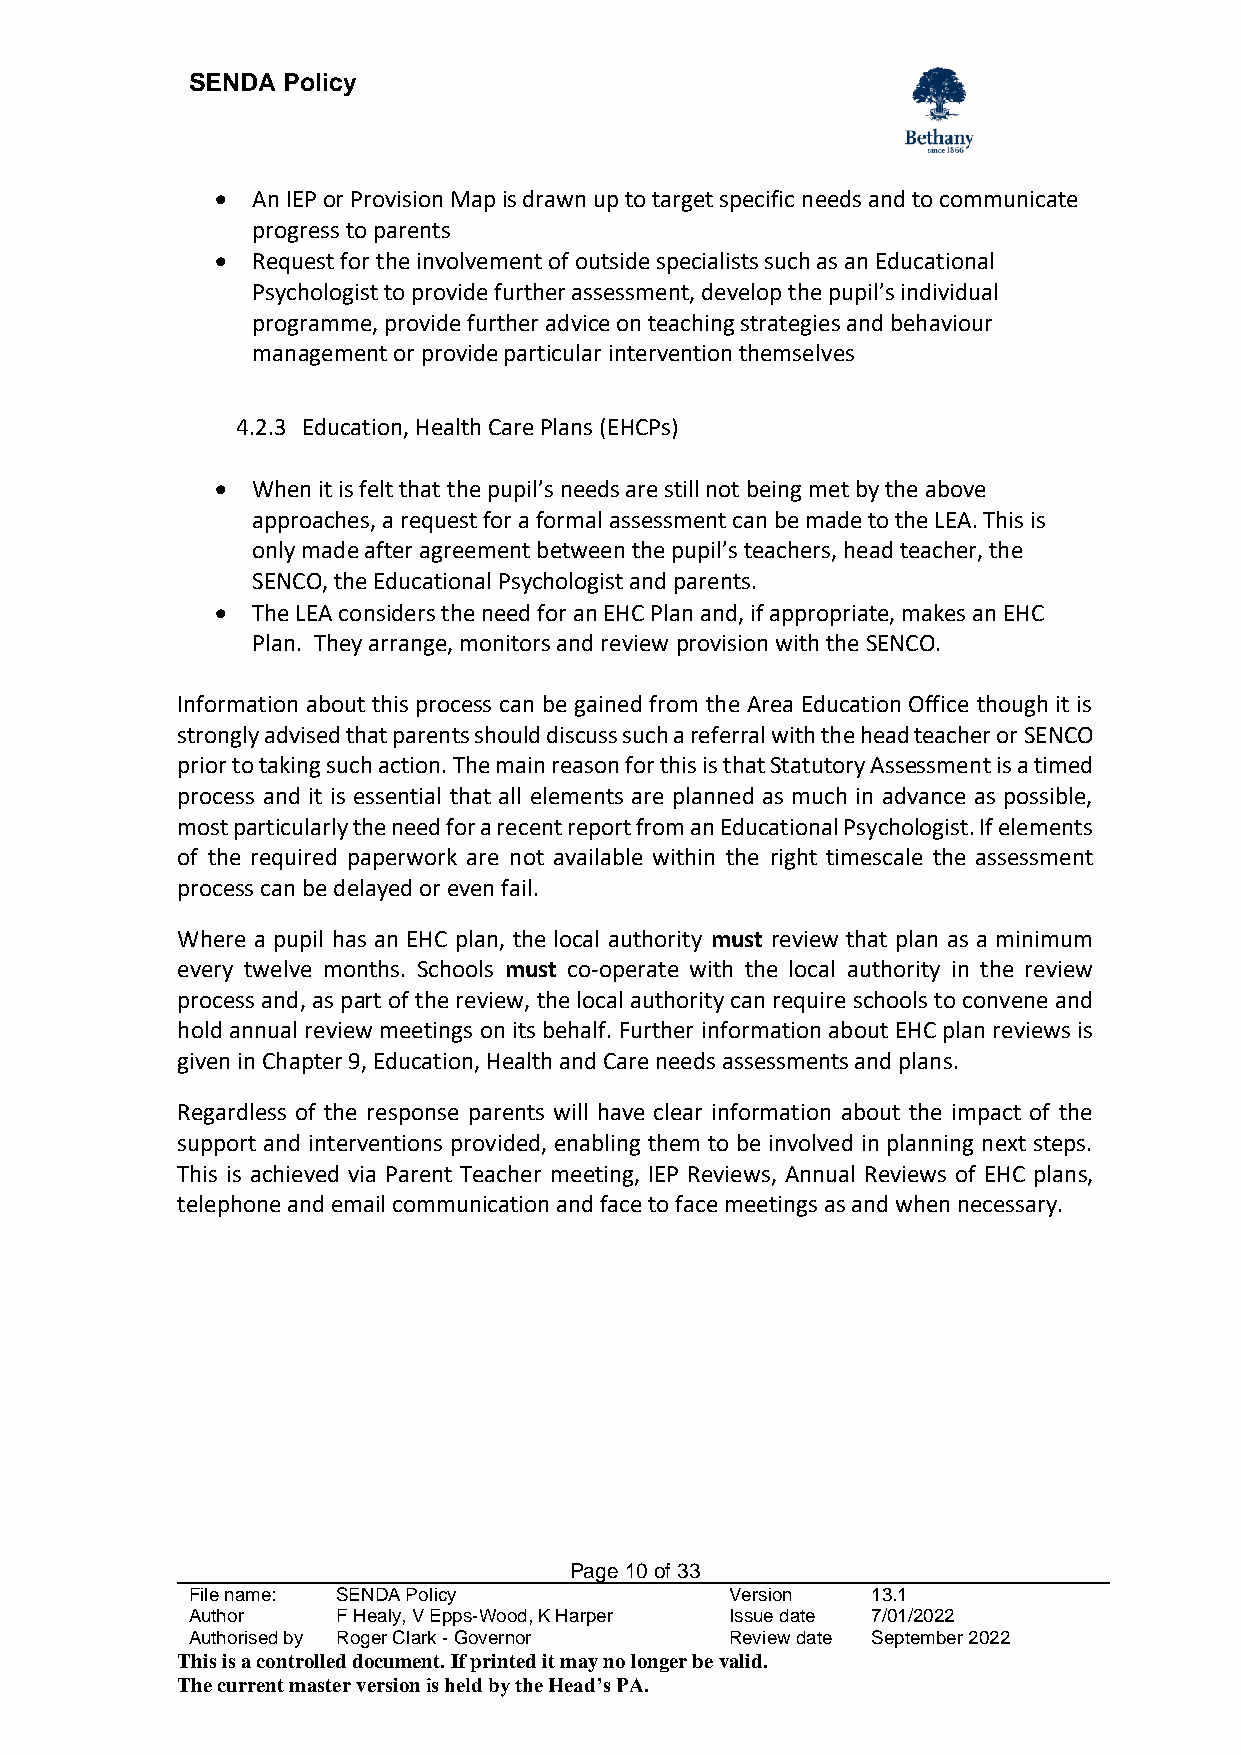
SENDA  Policy
 •  An IEP or Provision Map is drawn up to target specific needs and to communicate
 progress to parents
 •  Request for the involvement of outside specialists such as an Educational
 Psychologist to provide further assessment, develop the pupil’s individual
 programme, provide further advice on teaching strategies and behaviour
 management or provide particular intervention themselves
 4.2.3 Education, Health Care Plans (EHCPs)
 •  When it is felt that the pupil’s needs are still not being met by the above
 approaches, a request for a formal assessment can be made to the LEA. This is
 only made after agreement between the pupil’s teachers, head teacher, the
 SENCO, the Educational Psychologist and parents.
 •  The LEA considers the need for an EHC Plan and, if appropriate, makes an EHC
 Plan. They arrange, monitors and review provision with the SENCO.
 Information about this process can be gained from the Area Education Office though it is
 strongly advised that parents should discuss such a referral with the head teacher or SENCO
 prior to taking such action. The main reason for this is that Statutory Assessment is a timed
 process and it is essential that all elements are planned as much in advance as possible,
 most particularly the need for a recent report from an Educational Psychologist. If elements
 of the required paperwork are not available within the right timescale the assessment
 process can be delayed or even fail.
 Where a pupil has an EHC plan, the local authority must review that plan as a minimum
 every twelve months. Schools must co-operate with the local authority in the review
 process and, as part of the review, the local authority can require schools to convene and
 hold annual review meetings on its behalf. Further information about EHC plan reviews is
 given in Chapter 9, Education, Health and Care needs assessments and plans.
 Regardless of the response parents will have clear information about the impact of the
 support and interventions provided, enabling them to be involved in planning next steps.
 This is achieved via Parent Teacher meeting, IEP Reviews, Annual Reviews of EHC plans,
 telephone and email communication and face to face meetings as and when necessary.
 Page 10 of 33
 File name: SENDA Policy             Version   13.1
 Author    F Healy, V Epps-Wood, K Harper Issue date 7/01/2022
 Authorised by Roger Clark - Governor Review date September 2022
 This is a controlled document. If printed it may no longer be valid.
 The current master version is held by the Head’s PA.